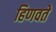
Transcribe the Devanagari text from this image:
हिणवते